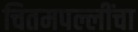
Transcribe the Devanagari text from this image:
चितमपल्लींचा